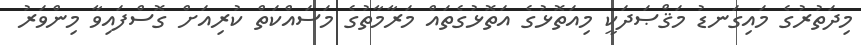
މިދަތުރުގެ މައިގަނޑު މަޤްޞަދަކީ މިއަތޮޅުގެ އަތޮޅުގެތައް މަރާމާތުގެ މަސައްކަތް ކުރިއަށް ގޮސްފައިވާ މިންވަރު